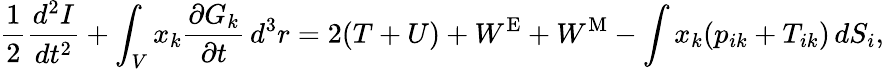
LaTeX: {\frac{1}{2}}{\frac{d^{2}I}{dt^{2}}}+\int_{V}x_{k}{\frac{\partial G_{k}}{\partial t}}\, d^{3}r=2(T+U)+W^{\mathrm{E}}+W^{\mathrm{M}}-\int x_{k}(p_{ik}+T_{ik})\, dS_{i},